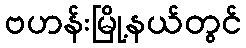
ဗဟန်းမြို့နယ်တွင်